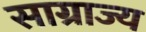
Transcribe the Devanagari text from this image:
साग्राज्‍य